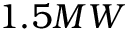
1 . 5 M W